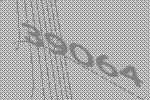
39064